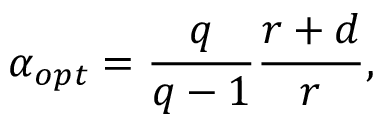
\alpha _ { o p t } = \frac { q } { q - 1 } \frac { r + d } { r } ,